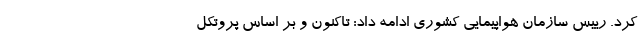
کرد. رییس سازمان هواپیمایی کشوری ادامه داد: تاکنون و بر اساس پروتکل